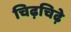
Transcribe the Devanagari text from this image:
चिढ़चिढ़े